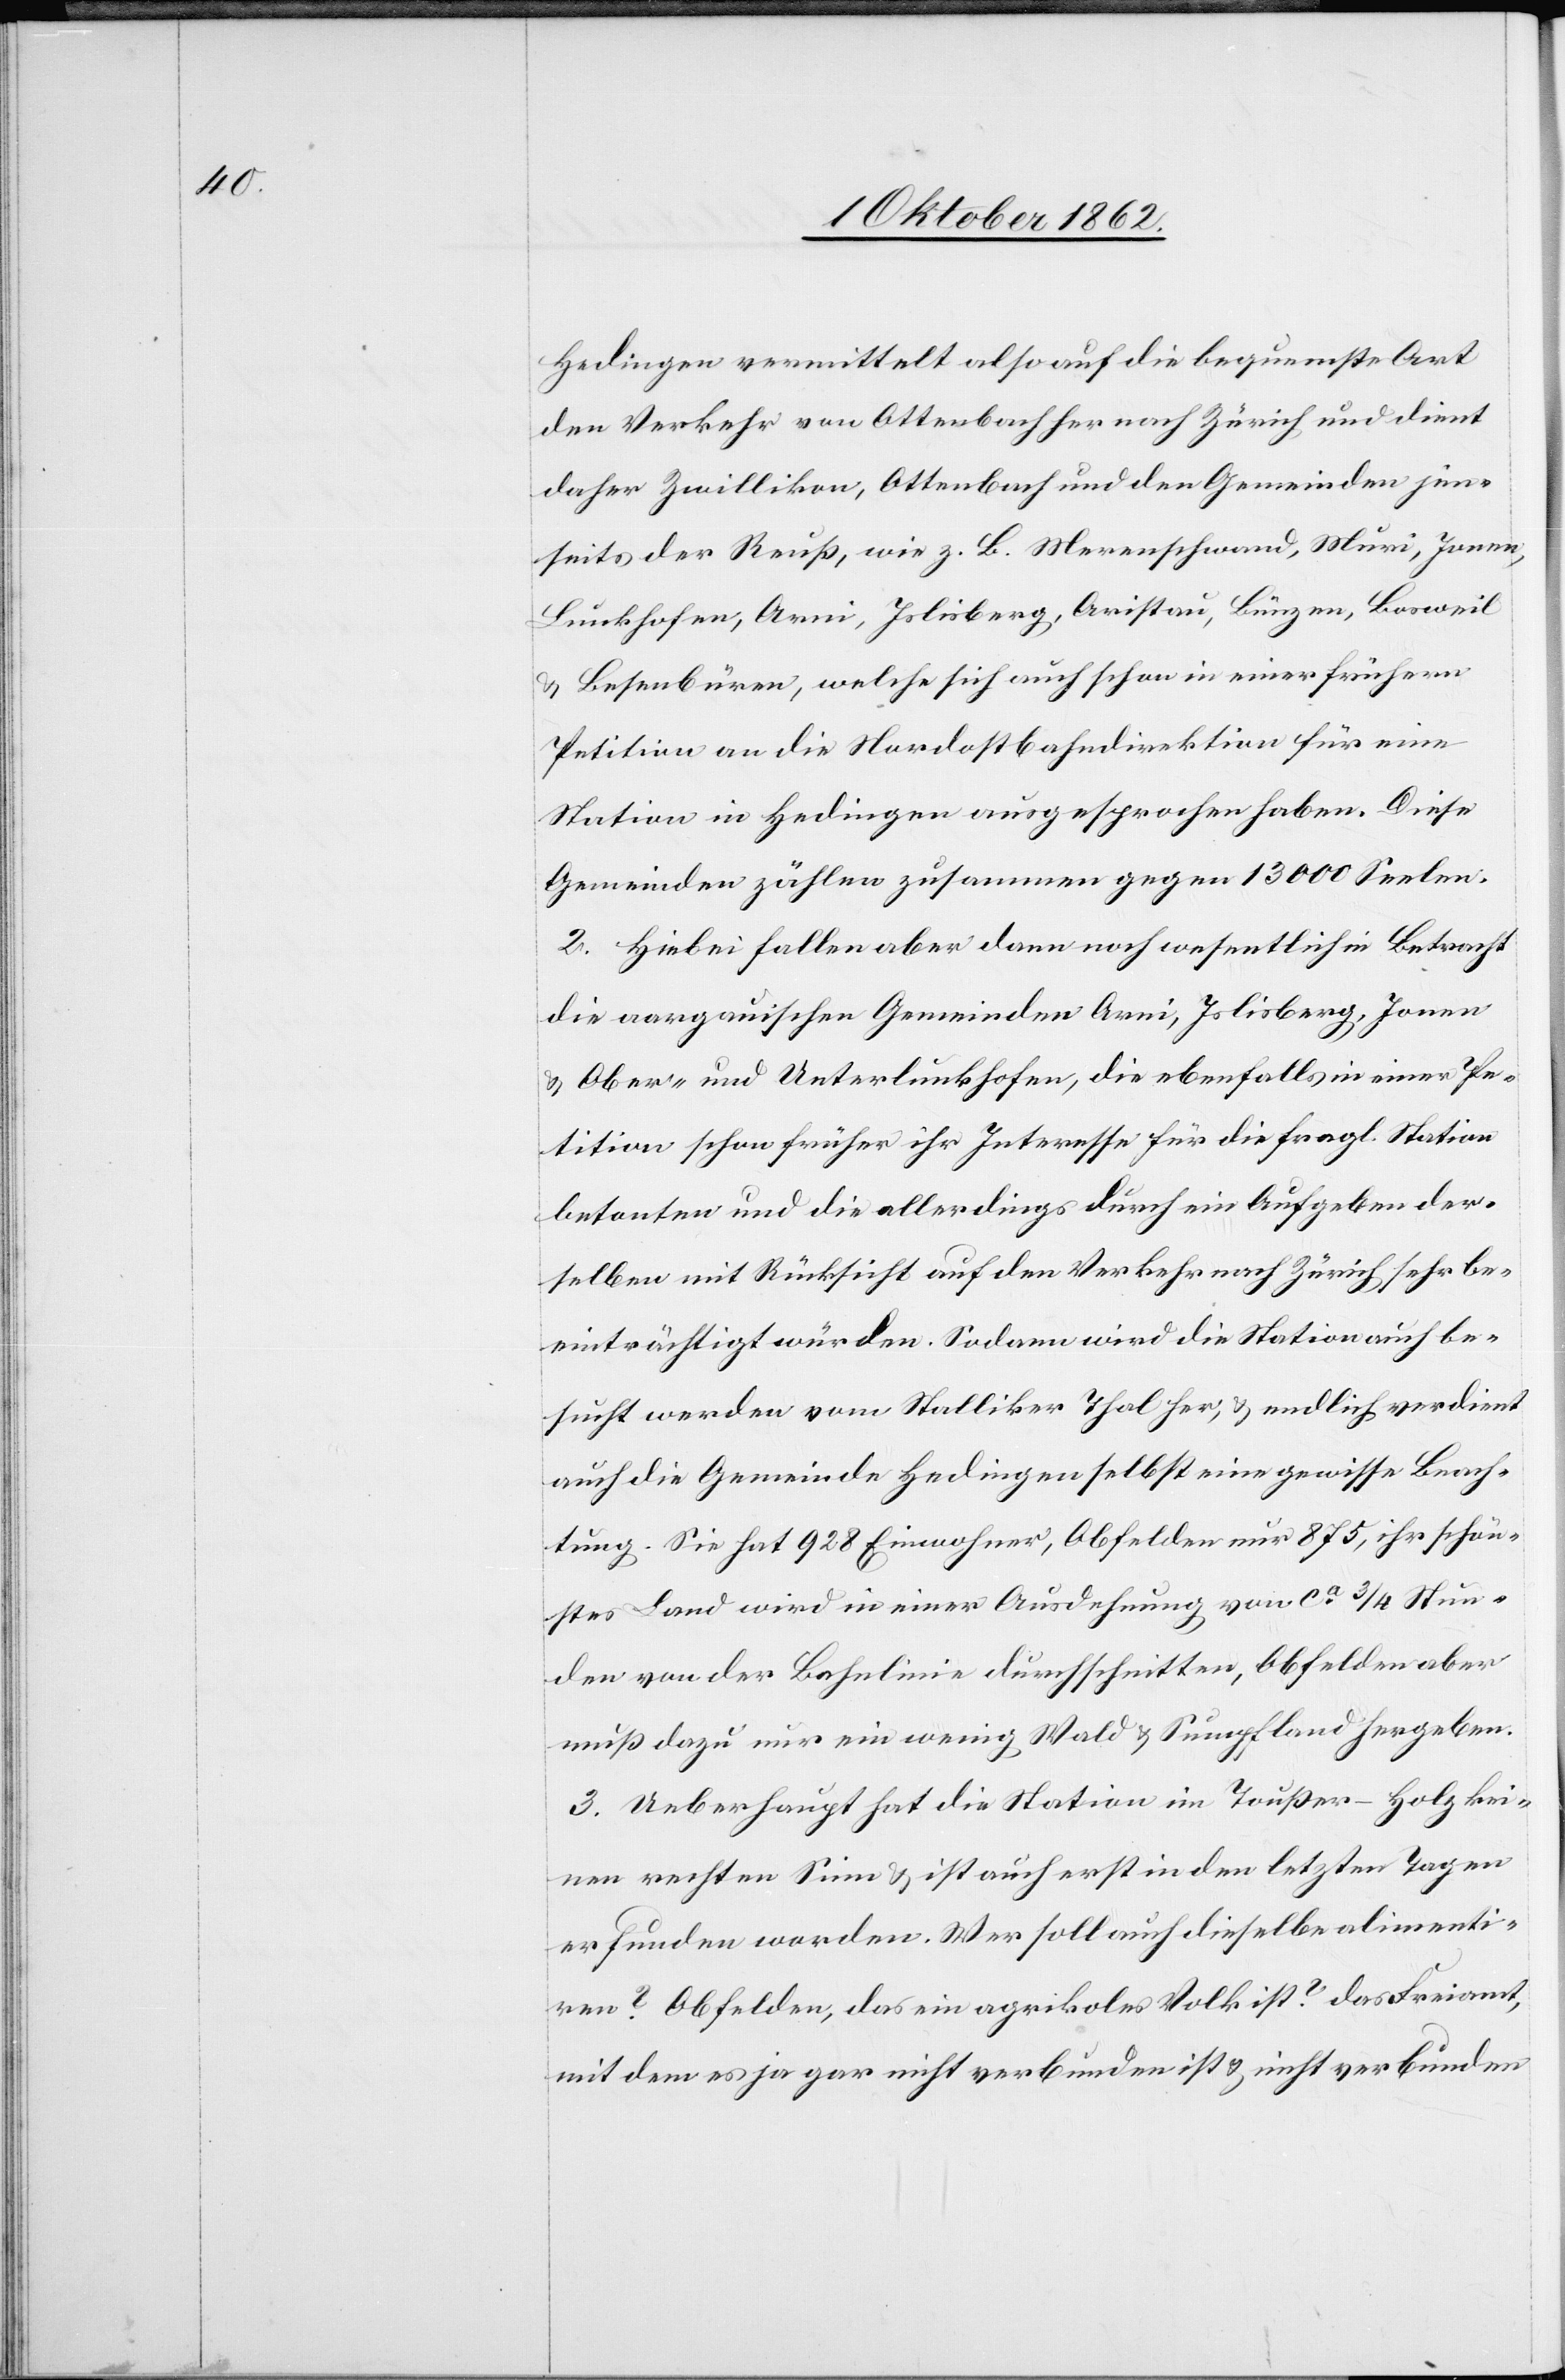
Hedingen vermittelt also auf die bequemste Art
den Verkehr von Ottenbach her nach Zürich und dient
daher Zwillikon, Ottenbach und den Gemeinden jen¬
seits der Reuß, wie z. B. Merenschwand, Muri, Jonen,
Buckhofen, Arni, Islisberg, Aristau, Bünzen, Looweil
u. Besenbüren, welche sich auch schon in einer frühern
Petition an die Nordostbahndirektion für eine
Station in Hedingen ausgesprochen haben. Diese
Gemeinden zählen zusammen gegen 13 000 Seelen.
2. Hiebei fallen aber dann noch wesentlich in Betracht
die aargauischen Gemeinden Arni, Islisberg, Jonen
u. Ober- und Unterluckhofen, die ebenfalls in einer Pe¬
tition schon früher ihr Interesse für die fragl. Station
betonten und die allerdings durch ein Aufgeben der¬
selben mit Rücksicht auf den Verkehr nach Zürich sehr be¬
einträchtigt würden. Sodann wird die Station auch be¬
sucht werden vom Stalliker Thal her, u. endlich verdient
auch die Gemeinde Hedingen selbst eine gewisse Beach¬
tung. Sie hat 928 Einwohner, Obfelden nur 875, ihr schön¬
stes Land wird in einer Ausdehnung von ca 3/4 Stun¬
den von der Bahnlinie durchschnitten, Obfelden aber
muß dazu nur ein wenig Wald u. Sumpfland hergeben.
3. Ueberhaupt hat die Station in Toußen-Holz kei¬
nen rechten Sinn u. ist auch erst in den letzten Tagen
erfunden worden. Wer soll auch dieselbe alimenti¬
ren? Obfelden, das ein agrikoles Volk ist? Das Freiamt,
mit dem es ja gar nicht verbunden ist u. nicht verbunden